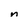
Character: n